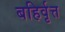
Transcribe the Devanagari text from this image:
बहिर्वृत्त